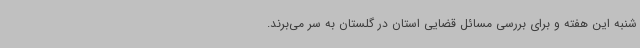
شنبه این هفته و برای بررسی مسائل قضایی استان در گلستان به سر می‌برند.